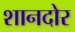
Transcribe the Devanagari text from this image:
शानदोर